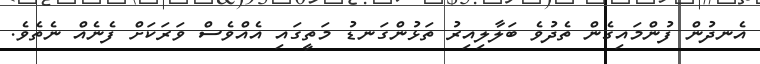
އެނދުން ފުންމައިގެން ތެދުވެ ބަލާލިއިރު ތަޅުންގަނޑު މަތީގައި އެއްވެސް ވަރަކަށް ފެނެއް ނެތެވެ.